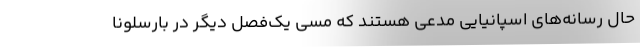
حال رسانه‌های اسپانیایی مدعی هستند که مسی یک‌فصل دیگر در بارسلونا